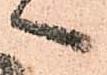
へ